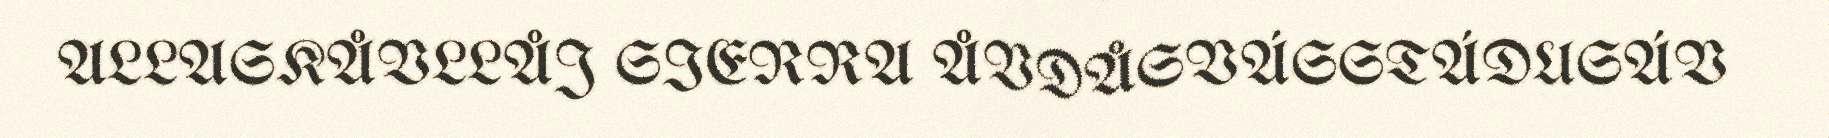
ALLASKÅVLLÅJ SIERRA ÅVDÅSVÁSSTÁDUSÁV